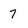
Character: 7